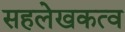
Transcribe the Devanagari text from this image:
सहलेखकत्व